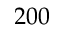
2 0 0